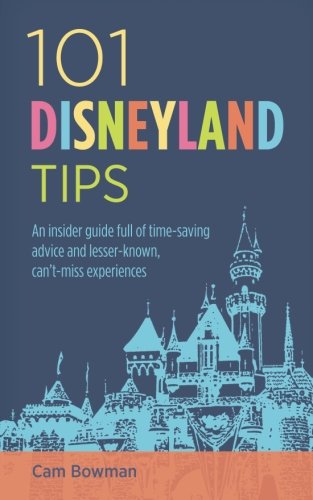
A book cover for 101 Disneyland Tips: An insider guide full of time-saving advice and lesser-known, can't-miss experiences; Cam Bowman; Travel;